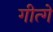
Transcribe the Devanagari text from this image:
गीत्गे